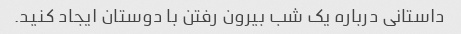
داستانی درباره یک شب بیرون رفتن با دوستان ایجاد کنید.